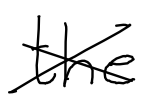
Text: the
Cross-out: cross
Writing tool: digital_black